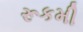
રૂકમી